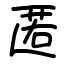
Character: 匿